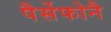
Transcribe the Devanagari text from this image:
पैर्सेफोनै